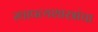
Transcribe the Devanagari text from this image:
स्थापत्यशास्त्रांचा